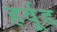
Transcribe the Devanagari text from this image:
हर्वूड